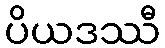
ပိယဒဿီ